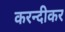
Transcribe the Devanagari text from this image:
करन्दीकर